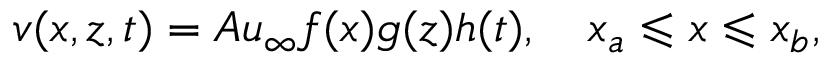
v ( x , z , t ) = A u _ { \infty } f ( x ) g ( z ) h ( t ) , \quad x _ { a } \leqslant x \leqslant x _ { b } ,